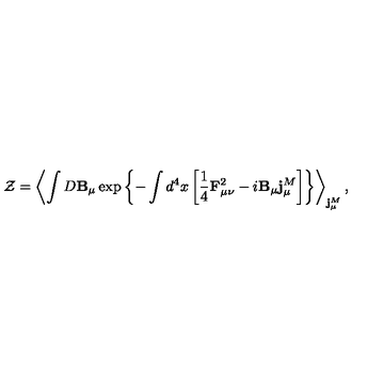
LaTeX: { \cal Z } = \left< \int D { \bf B } _ { \mu } \exp \left\{ - \int d ^ { 4 } x \left[ \frac 1 4 { \bf F } _ { \mu \nu } ^ { 2 } - i { \bf B } _ { \mu } { \bf j } _ { \mu } ^ { M } \right] \right\} \right> _ { { \bf j } _ { \mu } ^ { M } } ,